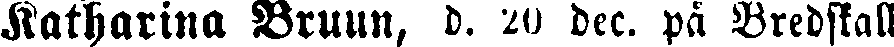
Katharina Bruun, d. 20 dec. på Bredskall